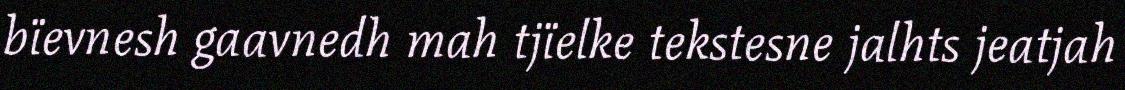
bïevnesh gaavnedh mah tjïelke tekstesne jalhts jeatjah